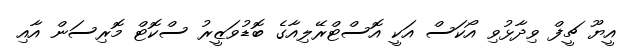
އީޔޫ ޗީފް ވިދާޅުވި އޯކަސް އަކީ އޮސްޓްރޭލިއާގެ ބޮޑުވަޒީރު ސްކޮޓް މޮރިސަން އާއި